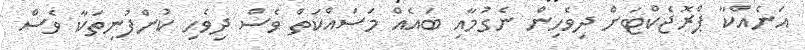
އަނެއްކާ ޕްރޮޖެކްޓަށް ދިވެހިން ނެގުމާއި ބައެއް މަސައްކަތް ވެސް ދިވެހި ކުންފުނިތަކާ ވެސް